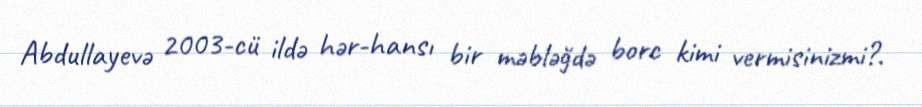
Abdullayevə 2003-cü ildə hər-hansı bir məbləğdə borc kimi vermisinizmi?.